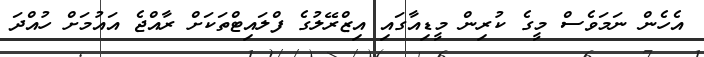
އެހެން ނަމަވެސް މީގެ ކުރިން މީޑިއާގައި އިޒްރޭލުގެ ފްލައިޓްތަކަށް ރާއްޖެ އައުމަށް ހުއްދަ